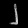
Digit: ၂